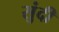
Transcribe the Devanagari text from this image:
सुंदी